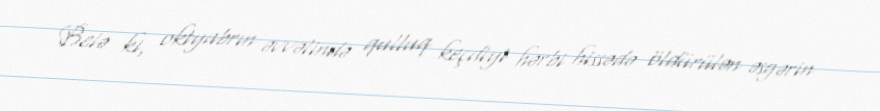
Belə ki, oktyabrın əvvəlində qulluq keçdiyi hərbi hissədə öldürülən əsgərin